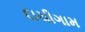
દાચીગામ